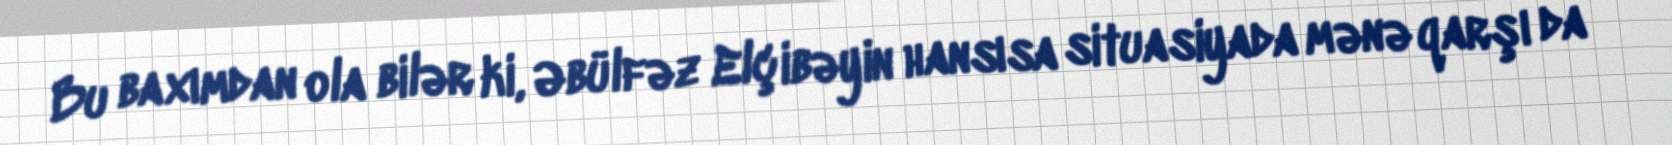
Bu baxımdan ola bilər ki, Əbülfəz Elçibəyin hansısa situasiyada mənə qarşı da